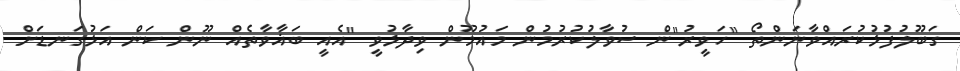
ގަބޫލުފުޅުކުރައްވާނަންތޯ "ހަވީރު"ން ސުވާލުކުރުމުން މައުމޫން ވިދާޅުވީ "އެއީ ބަޣާވާތެއް ނޫން ކަން އަޅުގަނޑަށް